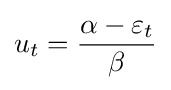
u_{t}={\frac {\alpha -\varepsilon _{t}}{\beta }}